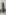
Text: 1